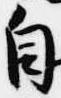
自